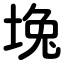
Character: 堍